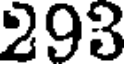
293